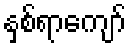
နှစ်ရာကျော်